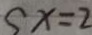
x = 2